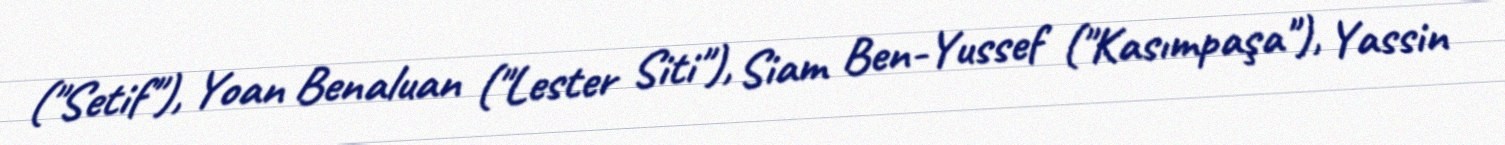
("Setif"), Yoan Benaluan ("Lester Siti"), Siam Ben-Yussef ("Kasımpaşa"), Yassin